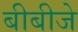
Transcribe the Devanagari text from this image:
बीबीजे